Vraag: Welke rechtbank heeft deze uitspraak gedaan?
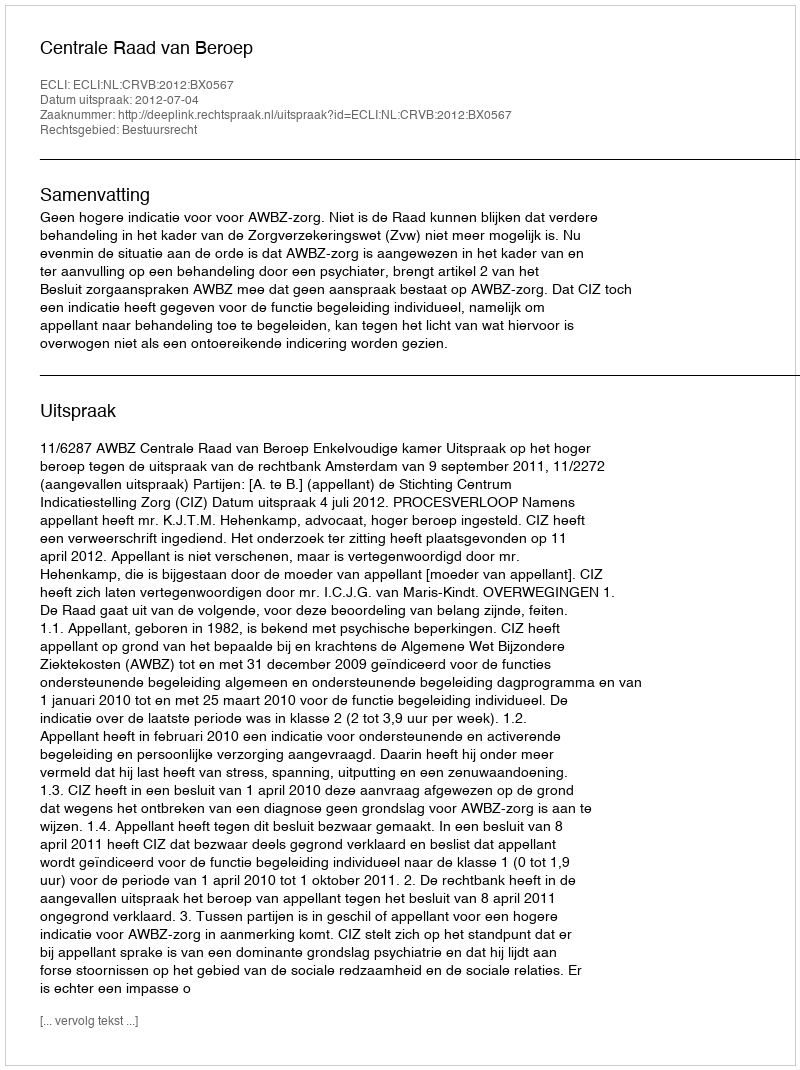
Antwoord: Centrale Raad van Beroep